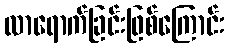
လာရောက်ခြင်းဖြစ်ကြောင်း